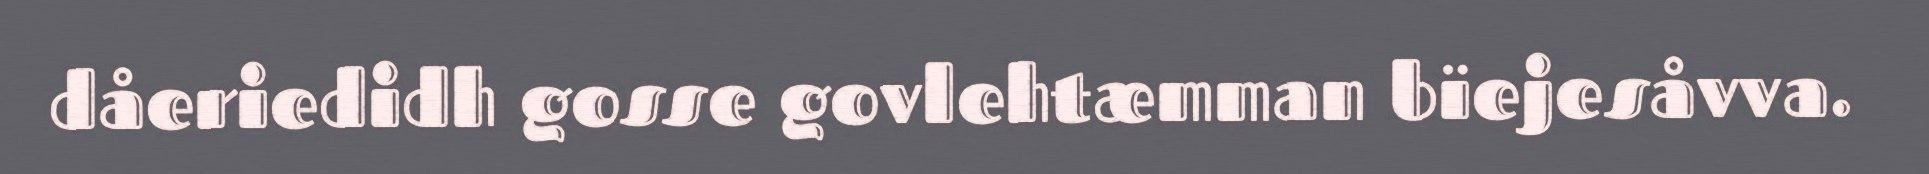
dåeriedidh gosse govlehtæmman bïejesåvva.